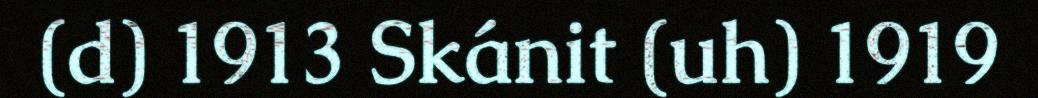
(d) 1913 Skánit (uh) 1919